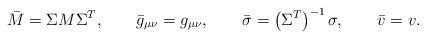
LaTeX: \begin{align*}\bar{M} = \Sigma M \Sigma^T, \qquad \bar{g}_{\mu\nu} = g_{\mu\nu} , \qquad \bar{\sigma} = \left( \Sigma^T \right)^{-1} \sigma, \qquad \bar{v} =v .\end{align*}